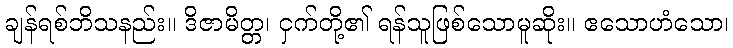
ချန်ရစ်ဘိသနည်း။ ဒိဇာမိတ္တ၊ ငှက်တို့၏ ရန်သူဖြစ်သောမူဆိုး။ ဧသောဟံသော၊